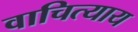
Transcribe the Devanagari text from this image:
वाचित्याय